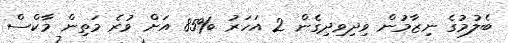
ބެލުމުގެ ނިޒާމުން ވިދިވިދިގެން 2 އަހަރު %85 އަށް ވުރެ މަތިން މާކްސް